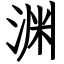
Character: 渊